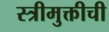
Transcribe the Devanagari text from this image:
स्त्रीमुक्तीची